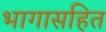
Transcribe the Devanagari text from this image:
भागासहित